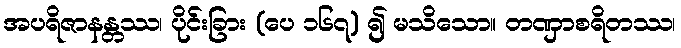
အပရိဇာနန္တဿ၊ ပိုင်းခြား (ပေ ၁၆၇) ၍ မသိသော။ တဏှာစရိတဿ၊